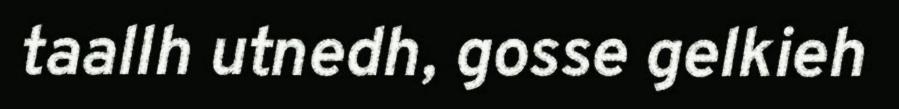
taallh utnedh, gosse gelkieh